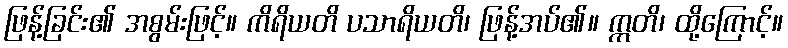
ဖြန့်ခြင်း၏ အစွမ်းဖြင့်။ ကိရိယတိ ပသာရိယတိ၊ ဖြန့်အပ်၏။ ဣတိ၊ ထို့ကြောင့်။